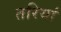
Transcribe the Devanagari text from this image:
तरियां